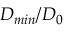
D _ { m i n } / D _ { 0 }